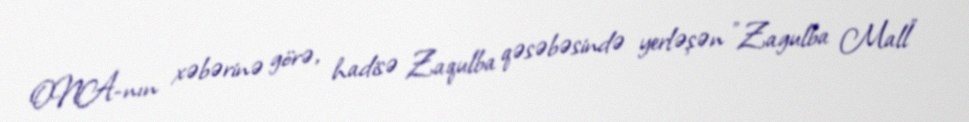
ONA-nın xəbərinə görə, hadisə Zaqulba qəsəbəsində yerləşən "Zagulba Mall"